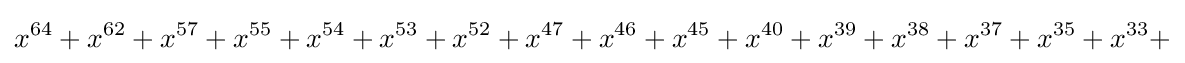
x^{64}+x^{62}+x^{57}+x^{55}+x^{54}+x^{53}+x^{52}+x^{47}+x^{46}+x^{45}+x^{40}+x^{39}+x^{38}+x^{37}+x^{35}+x^{33}+